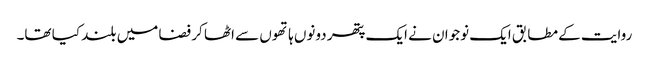
روایت کے مطابق ایک نوجوان نے ایک پتھر دونوں ہاتھوں سے اٹھا کر فضا میں بلند کیا تھا۔